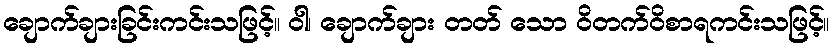
ချောက်ချားခြင်းကင်းသဖြင့်။ ဝါ၊ ချောက်ချား တတ် သော ဝိတက်ဝိစာရကင်းသဖြင့်။